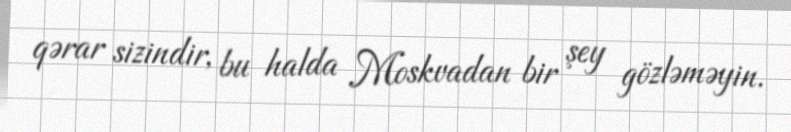
qərar sizindir, bu halda Moskvadan bir şey gözləməyin.